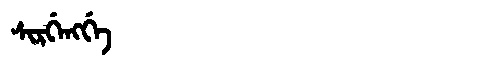
Manchu: ᠰᡳᡵᡤᡝᠩᡤᡝ
Romanization: SIRGENGGE